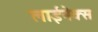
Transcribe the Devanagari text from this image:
लाईनेक्स